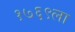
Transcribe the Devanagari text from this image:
१७६९ला